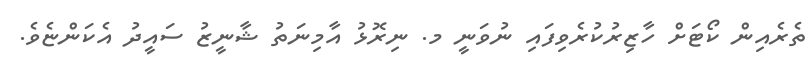
ތެރެއިން ކޯޓަށް ހާޒިރުކުރެވިފައި ނުވަނީ މ. ނިރޮޅު އާމިނަތު ޝާނީޒު ސައީދު އެކަންޏެވެ.